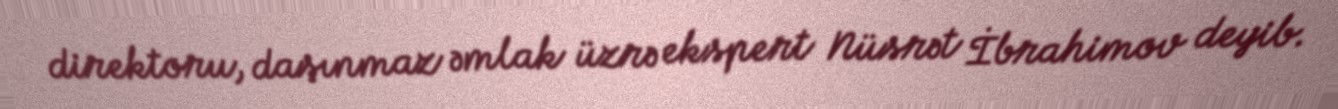
direktoru, daşınmaz əmlak üzrə ekspert Nüsrət İbrahimov deyib.